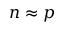
n \approx p